Annual report of the Punjab Veterinary College and of the Civil Veterinary Department, Punjab - 1920-1925
Year: 1920
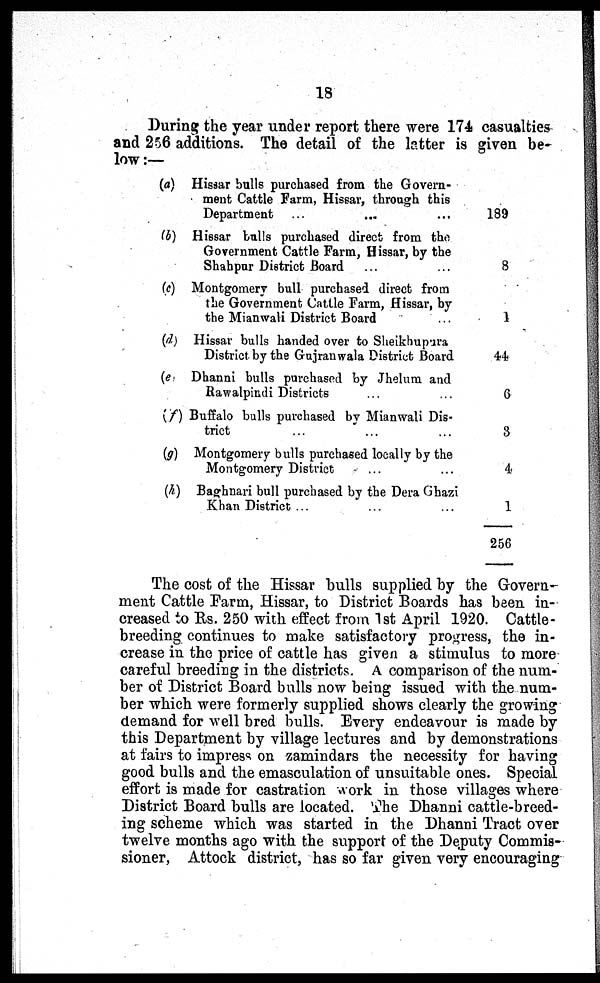
18
During the year under report there were 174 casualties
and 256 additions. The detail of the latter is given be-
low:—
(a)
(b)
(c)
(d)
(e)
(f)
(g)
(h)
Hissar bulls purchased from the Govern-
ment Cattle Farm, Hissar, through this
Department ... ... ...
Hissar bulls purchased direct from the
Government Cattle Farm, Hissar, by the
Shahpur District Board ... ...
Montgomery bull purchased direct from
the Government Cattle Farm, Hissar, by
the Mianwali District Board ...
Hissar bulls handed over to Sheikhupura
District by the Gujranwala District Board
Dhanni bulls purchased by Jhelum and
Rawalpindi Districts ... ...
Buffalo bulls purchased by Mianwali Dis-
trict ... ... ... ...
Montgomery bulls purchased locally by the
Montgomery District ... ...
Baghnari bull purchased by the Dera Ghazi
Khan District ... ... ...
189
8
1
44
6
3
4
1
256
The cost of the Hissar bulls supplied by the Grovern-
ment Cattle Farm, Hissar, to District Boards has been in-
creased to Rs. 250 with effect from 1st April 1920. Cattle-
breeding continues to make satisfactory progress, the in-
crease in the price of cattle has given a stimulus to more
careful breeding in the districts. A comparison of the num-
ber of District Board bulls now being issued with the num-
ber which were formerly supplied shows clearly the growing
demand for well bred bulls. Every endeavour is made by
this Department by village lectures and by demonstrations
at fairs to impress on zamindars the necessity for having
good bulls and the emasculation of unsuitable ones. Special
effort is made for castration work in those villages where
District Board bulls are located. The Dhanni cattle-breed-
ing scheme which was started in the Dhanni Tract over
twelve months ago with the support of the Deputy Commis-
sioner, Attock district, has so far given very encouraging